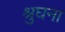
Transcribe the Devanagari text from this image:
श्रुघना